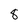
Character: 8